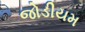
જોડીયમ